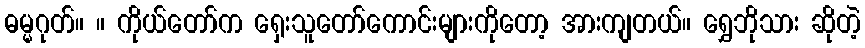
ဓမ္မဂုတ်။ ။ ကိုယ်တော်က ရှေးသူတော်ကောင်းများကိုတော့ အားကျတယ်။ ရွှေဘိုသား ဆိုတဲ့